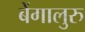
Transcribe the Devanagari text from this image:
बेंगालुरु